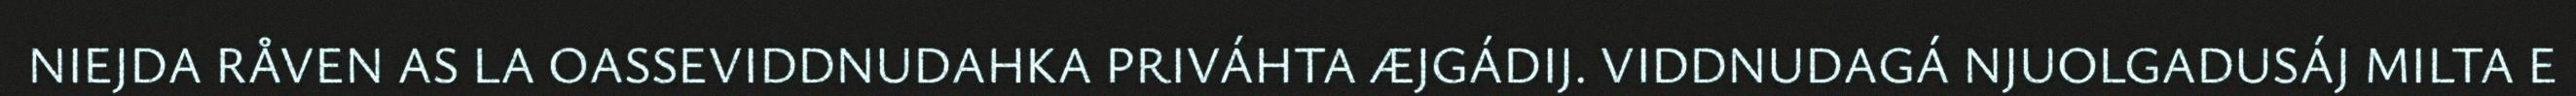
NIEJDA RÅVEN AS LA OASSEVIDDNUDAHKA PRIVÁHTA ÆJGÁDIJ. VIDDNUDAGÁ NJUOLGADUSÁJ MILTA E